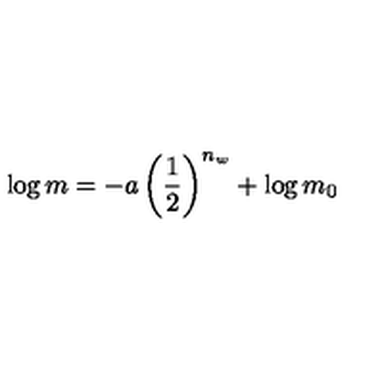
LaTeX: \log m = - a \left( \frac { 1 } { 2 } \right) ^ { n _ { w } } + \log m _ { 0 }